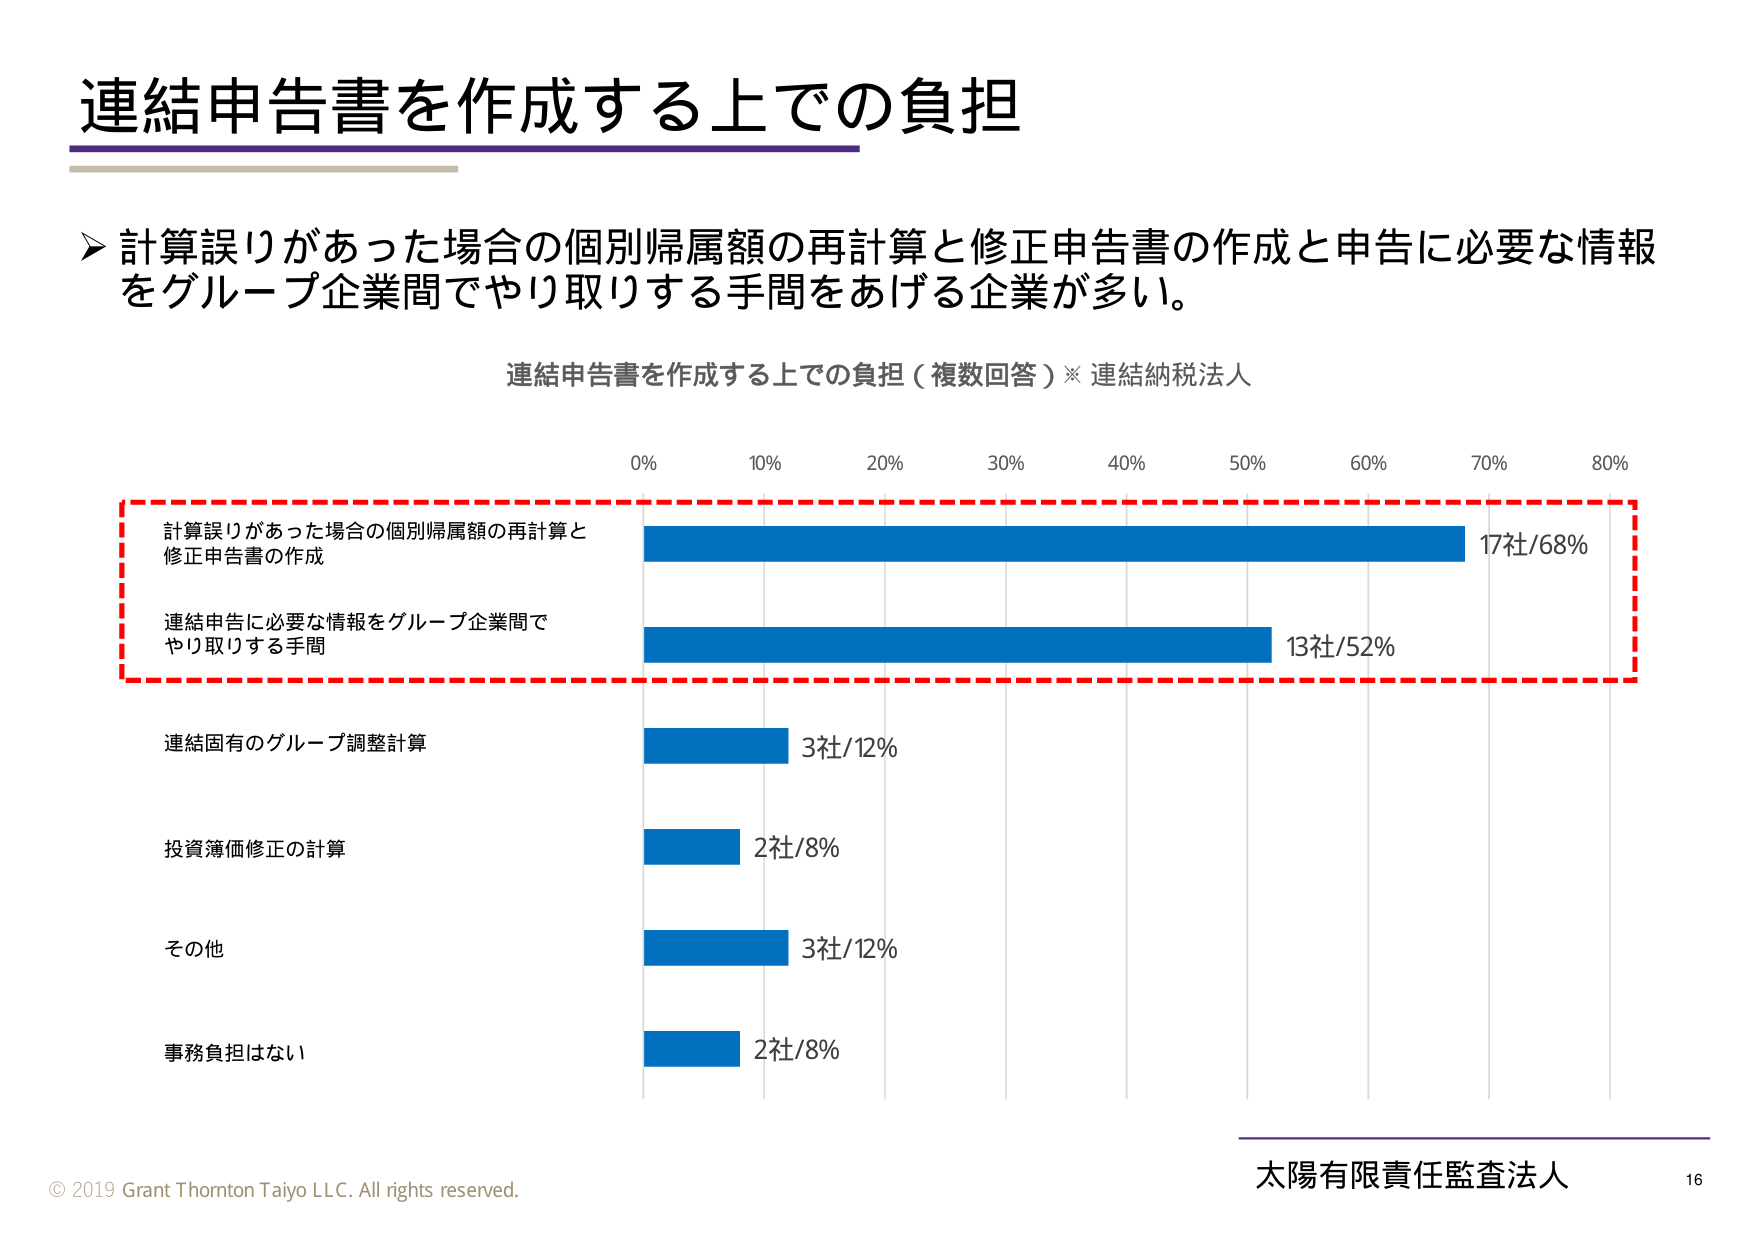
連結申告書を作成する上での負担

▶ 計算誤りがあった場合の個別帰属額の再計算と修正申告書の作成と申告に必要な情報をグループ企業間でやり取りする手間をあげる企業が多い。

連結申告書を作成する上での負担（複数回答）※ 連結納税法人

0% 10% 20% 30% 40% 50% 60% 70% 80%

計算誤りがあった場合の個別帰属額の再計算と
修正申告書の作成
17社/68%

連結申告に必要な情報をグループ企業間で
やり取りする手間
13社/52%

連結固有のグループ調整計算
3社/12%

投資簿価修正の計算
2社/8%

その他
3社/12%

事務負担はない
2社/8%

© 2019 Grant Thornton Taiyo LLC. All rights reserved.

太陽有限責任監査法人
16